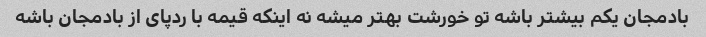
بادمجان یکم بیشتر باشه تو خورشت بهتر میشه نه اینکه قیمه با ردپای از بادمجان باشه